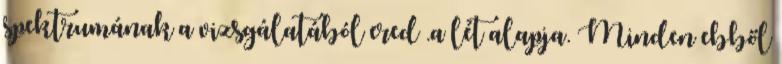
spektrumának a vizsgálatából ered .a lét alapja. Minden ebből